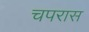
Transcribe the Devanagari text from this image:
चपरास